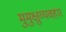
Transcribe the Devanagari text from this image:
मुमुक्षुव्यवहार